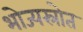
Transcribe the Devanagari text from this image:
भोज्यस्रोत